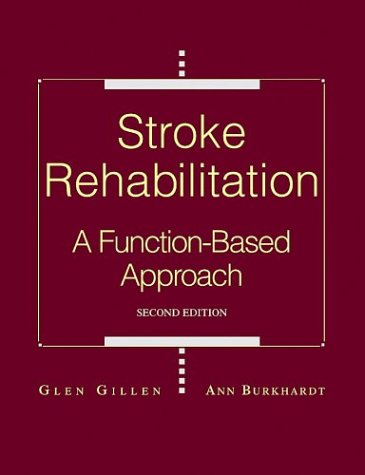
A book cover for Stroke Rehabilitation: A Function-Based Approach, 2e; Glen Gillen; Health, Fitness & Dieting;